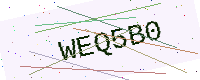
Text: WEQ5B0